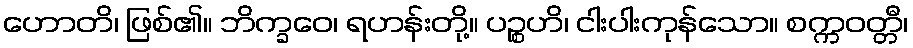
ဟောတိ၊ ဖြစ်၏။ ဘိက္ခဝေ၊ ရဟန်းတို့။ ပဉ္စဟိ၊ ငါးပါးကုန်သော။ စက္ကဝတ္တီ၊